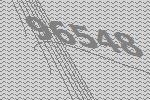
96548